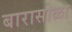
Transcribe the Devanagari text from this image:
बारासोळा